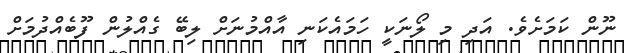
ނޫން ކަމަށެވެ. އަދި މި ލޯނަކީ ހަމައެކަނި އާއްމުނަށް ލިބޭ ގެއްލުން ފޫބެއްދުމަށް